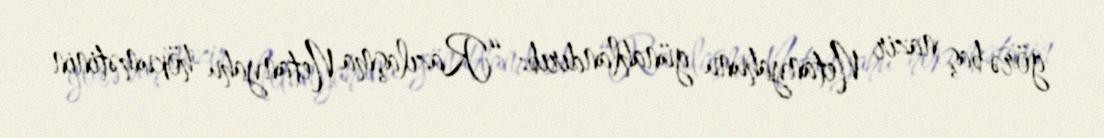
görə baş nazir Netanyahunu günahlandırıb: “Razılaşma Netanyahu hökumətinin